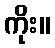
ကိုး။